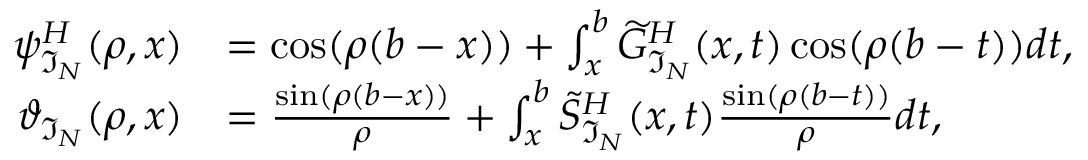
\begin{array} { r l } { \psi _ { \mathfrak { I } _ { N } } ^ { H } ( \rho , x ) } & { = \cos ( \rho ( b - x ) ) + \int _ { x } ^ { b } \widetilde { G } _ { \mathfrak { I } _ { N } } ^ { H } ( x , t ) \cos ( \rho ( b - t ) ) d t , } \\ { \vartheta _ { \mathfrak { I } _ { N } } ( \rho , x ) } & { = \frac { \sin ( \rho ( b - x ) ) } { \rho } + \int _ { x } ^ { b } \widetilde { S } _ { \mathfrak { I } _ { N } } ^ { H } ( x , t ) \frac { \sin ( \rho ( b - t ) ) } { \rho } d t , } \end{array}